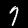
Label: 7